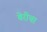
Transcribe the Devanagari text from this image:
बेरीचा